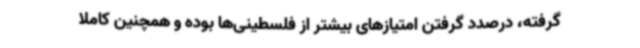
گرفته، درصدد گرفتن امتیازهای بیشتر از فلسطینی‌ها بوده و همچنین کاملا